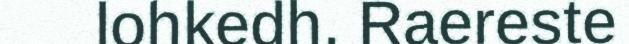
lohkedh. Raereste